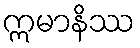
ဣမာနိဿ